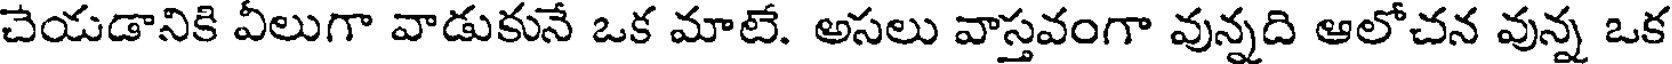
చేయడానికి వీలుగా వాడుకునే ఒక మాటే. అసలు వాస్తవంగా వున్నది ఆలోచన వున్న ఒక